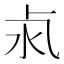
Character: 𣲊